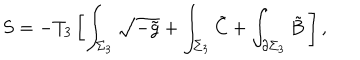
S = - T _ { 3 } \left[ \int _ { \Sigma _ { 3 } } \sqrt { - \tilde { g } } + \int _ { \Sigma _ { 3 } } \tilde { C } + \int _ { \partial \Sigma _ { 3 } } \tilde { B } \ \right] ,